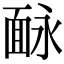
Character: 𩈗